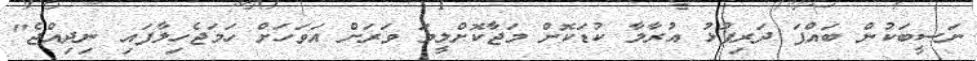
ނަސީބަކުން ބައްޕަ ދަރިފުޅު އުރާލާ ކުޑަކޮށް މަޖާކޮށްލީމަ ވަރަށް އަވަހަށް ހަަމަޖެހިލާފައި ނިދިއްޖެ"